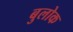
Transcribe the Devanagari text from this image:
बुलोक